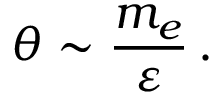
\theta \sim { \frac { m _ { e } } { \varepsilon } } \, .